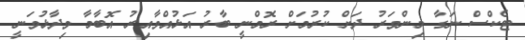
ޓެކްސް ނަގާ މިންވަރު ދަށް ކުރުމަށް ރޮމްނީ ބާރު އަޅުއްވާއިރު އޮބާމާ ވިދާޅުވަނީ